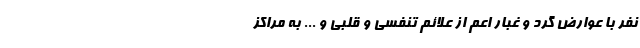
نفر با عوارض گرد و غبار اعم از علائم تنفسی و قلبی و ... به مراکز